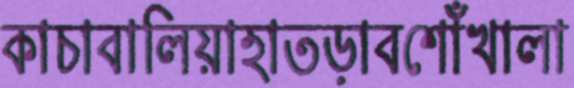
কাচাবালিয়াহাতড়াবশোঁখালা